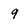
Character: 9